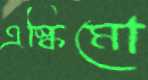
এস্কিমো